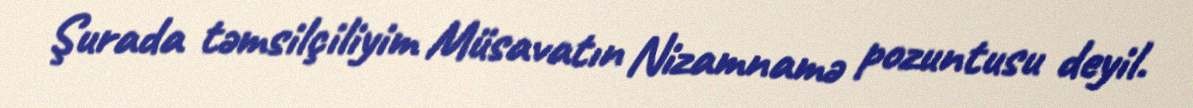
Şurada təmsilçiliyim Müsavatın Nizamnamə pozuntusu deyil.